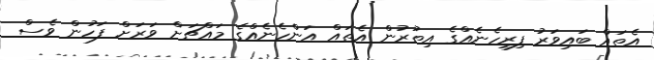
އެތައް ބައިވަރު ފިރިހެނެއްގެ އިތުރުން އެތައް އަންހެނެއްގެ މައްޗަށް ވަރަށް ފަހުން ވެސް